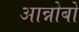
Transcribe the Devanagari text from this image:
आन्नोबों